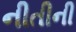
નીતીની